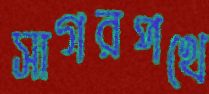
সাগরপথে